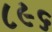
૮૯૬